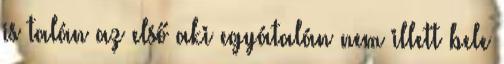
is talán az első aki egyátalán nem illett bele